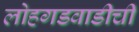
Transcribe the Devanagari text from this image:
लोहगडवाडीची